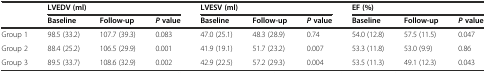
<table><thead><tr><td rowspan="2">[EMPTY_CELL]</td><td colspan="3"><b>LVEDV (ml)</b></td><td colspan="3"><b>LVESV (ml)</b></td><td colspan="3"><b>EF (%)</b></td></tr><tr><td><b>Baseline</b></td><td><b>Follow-up</b></td><td><b><i>P</i> value</b></td><td><b>Baseline</b></td><td><b>Follow-up</b></td><td><b><i>P</i> value</b></td><td><b>Baseline</b></td><td><b>Follow-up</b></td><td><b><i>P</i> value</b></td></tr></thead><tbody><tr><td>Group 1</td><td>98.5 (33.2)</td><td>107.7 (39.3)</td><td>0.083</td><td>47.0 (25.1)</td><td>48.3 (28.9)</td><td>0.74</td><td>54.0 (12.8)</td><td>57.5 (11.5)</td><td>0.047</td></tr><tr><td>Group 2</td><td>88.4 (25.2)</td><td>106.5 (29.9)</td><td>0.001</td><td>41.9 (19.1)</td><td>51.7 (23.2)</td><td>0.007</td><td>53.3 (11.8)</td><td>53.0 (9.9)</td><td>0.86</td></tr><tr><td>Group 3</td><td>89.5 (33.7)</td><td>108.6 (32.9)</td><td>0.002</td><td>42.9 (22.5)</td><td>57.2 (29.3)</td><td>0.004</td><td>53.5 (11.3)</td><td>49.1 (12.3)</td><td>0.043</td></tr></tbody></table>